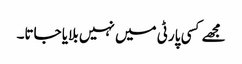
مجھے کسی پارٹی میں نہیں بلایا جاتا۔